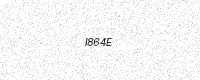
Text: I864E